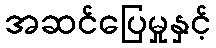
အဆင်ပြေမှုနှင့်